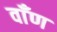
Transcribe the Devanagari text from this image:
वाँण